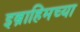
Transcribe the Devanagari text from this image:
इब्राहिमच्या